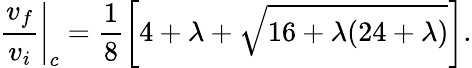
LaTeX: \left.\frac{v_{f}}{v_{i}}\right|_{c}=\frac{1}{8}\left[4+\lambda+\sqrt{16+\lambda(24+\lambda)}\right].